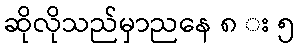
ဆိုလိုသည်မှာညနေ ၈ း ၅